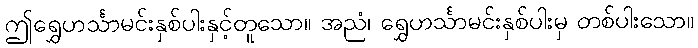
ဤရွှေဟင်္သာမင်းနှစ်ပါးနှင့်တူသော။ အညံ၊ ရွှေဟင်္သာမင်းနှစ်ပါးမှ တစ်ပါးသော။